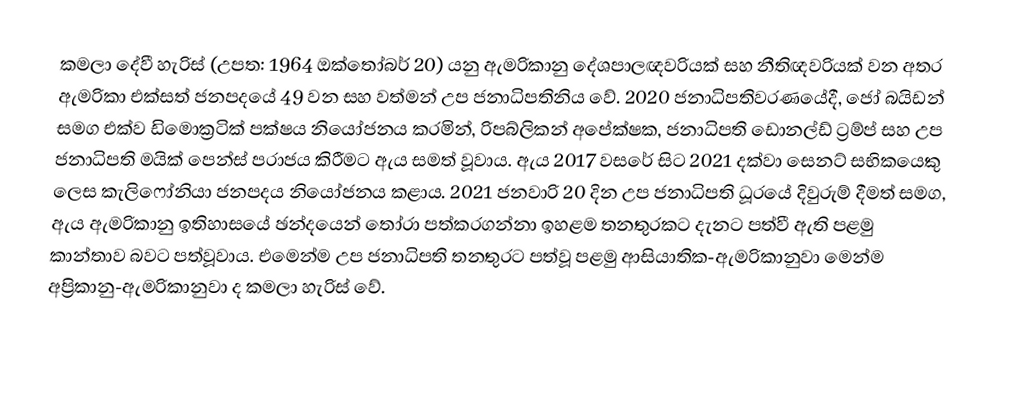
කමලා දේවී හැරිස්  (උපත: 1964 ඔක්තෝබර් 20) යනු ඇමරිකානු දේශපාලඥවරියක් සහ නීතිඥවරියක් වන අතර ඇමරිකා එක්සත් ජනපදයේ 49 වන සහ වත්මන් උප ජනාධිපතිනිය වේ. 2020 ජනාධිපතිවරණයේදී, ජෝ බයිඩන් සමග එක්ව ඩිමොක්‍රටික් පක්ෂය නියෝජනය කරමින්, රිපබ්ලිකන් අපේක්ෂක, ජනාධිපති ඩොනල්ඩ් ට්‍රම්ප් සහ උප ජනාධිපති මයික් පෙන්ස් පරාජය කිරීමට ඇය සමත් වූවාය. ඇය 2017 වසරේ සිට 2021 දක්වා සෙනට් සභිකයෙකු ලෙස කැලිෆෝනියා ජනපදය නියෝජනය කළාය. 2021 ජනවාරි 20 දින උප ජනාධිපති ධූරයේ දිවුරුම් දීමත් සමග, ඇය ඇමරිකානු ඉතිහාසයේ ඡන්දයෙන් තෝරා පත්කරගන්නා ඉහළම තනතුරකට දැනට පත්වී ඇති පළමු කාන්තාව බවට පත්වූවාය. එමෙන්ම උප ජනාධිපති තනතුරට පත්වූ පළමු ආසියාතික-ඇමරිකානුවා මෙන්ම අප්‍රිකානු-ඇමරිකානුවා ද කමලා හැරිස් වේ.